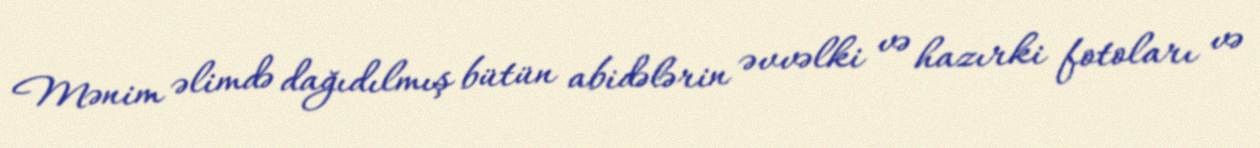
Mənim əlimdə dağıdılmış bütün abidələrin əvvəlki və hazırki fotoları və